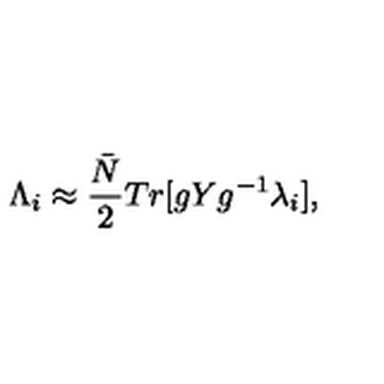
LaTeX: { \Lambda } _ { i } \approx \frac { { \bar { N } } } { 2 } T r [ g Y g ^ { - 1 } { \lambda } _ { i } ] ,